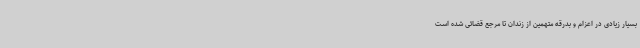
بسیار زیادی در اعزام و بدرقه متهمین از زندان تا مرجع قضائی شده است